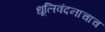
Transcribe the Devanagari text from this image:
धूलिवंदनाचाच